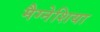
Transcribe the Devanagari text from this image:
मैग्नेशिया